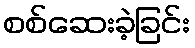
စစ်ဆေးခဲ့ခြင်း